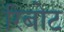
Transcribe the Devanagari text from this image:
रिबोट